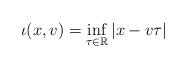
LaTeX: \begin{align*}\iota (x,v) = \inf_{\tau \in \mathbb{R}}\left| x - v \tau \right|\end{align*}